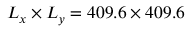
L _ { x } \times L _ { y } = 4 0 9 . 6 \times 4 0 9 . 6